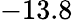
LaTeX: -13.8